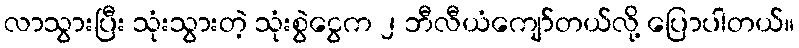
လာသွားပြီး သုံးသွားတဲ့ သုံးစွဲငွေက ၂ ဘီလီယံကျော်တယ်လို့ ပြောပါတယ်။